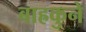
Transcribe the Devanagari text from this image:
बाह्रकुने